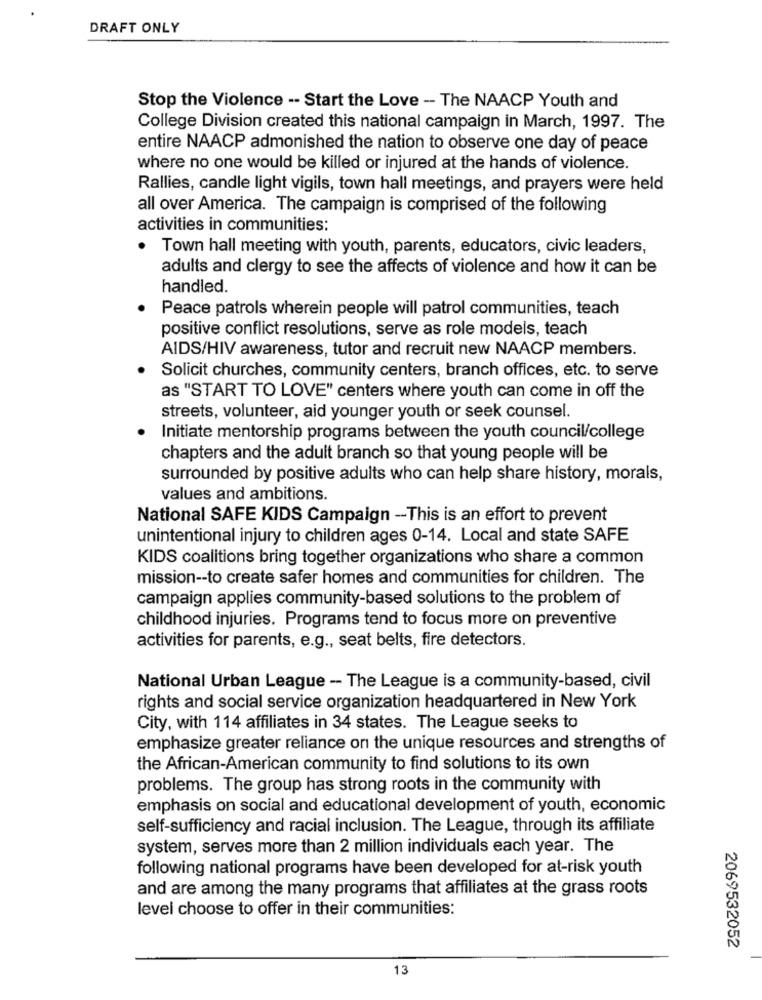
DRAFT ONLY
Stop the Violence -- Start the Love - The NAACP Youth and
College Division created this national campaign in March, 1997. The
entire NAACP admonished the nation to observe one day of peace
where no one would be killed or injured at the hands of violence.
Rallies, candle light vigils, town hall meetings, and prayers were held
all over America. The campaign is comprised of the following
activities in communities:
Town hall meeting with youth, parents, educators, civic leaders,
adults and clergy to see the affects of violence and how it can be
handled.
Peace patrols wherein people will patrol communities, teach
positive conflict resolutions, serve as role models, teach
AIDS/HIV awareness, tutor and recruit new NAACP members.
Solicit churches, community centers, branch offices, etc. to serve
as "START TO LOVE" centers where youth can come in off the
streets, volunteer, aid younger youth or seek counsel.
Initiate mentorship programs between the youth council/college
chapters and the adult branch so that young people will be
surrounded by positive adults who can help share history, morals,
values and ambitions.
National SAFE KIDS Campaign -This is an effort to prevent
unintentional injury to children ages 0-14. Local and state SAFE
KIDS coalitions bring together organizations who share a common
mission -- to create safer homes and communities for children. The
campaign applies community-based solutions to the problem of
childhood injuries. Programs tend to focus more on preventive
activities for parents, e.g ., seat belts, fire detectors.
National Urban League -- The League is a community-based, civil
rights and social service organization headquartered in New York
City, with 114 affiliates in 34 states. The League seeks to
emphasize greater reliance on the unique resources and strengths of
the African-American community to find solutions to its own
problems. The group has strong roots in the community with
emphasis on social and educational development of youth, economic
self-sufficiency and racial inclusion. The League, through its affiliate
system, serves more than 2 million individuals each year. The
following national programs have been developed for at-risk youth
and are among the many programs that affiliates at the grass roots
level choose to offer in their communities:
2069532052
13